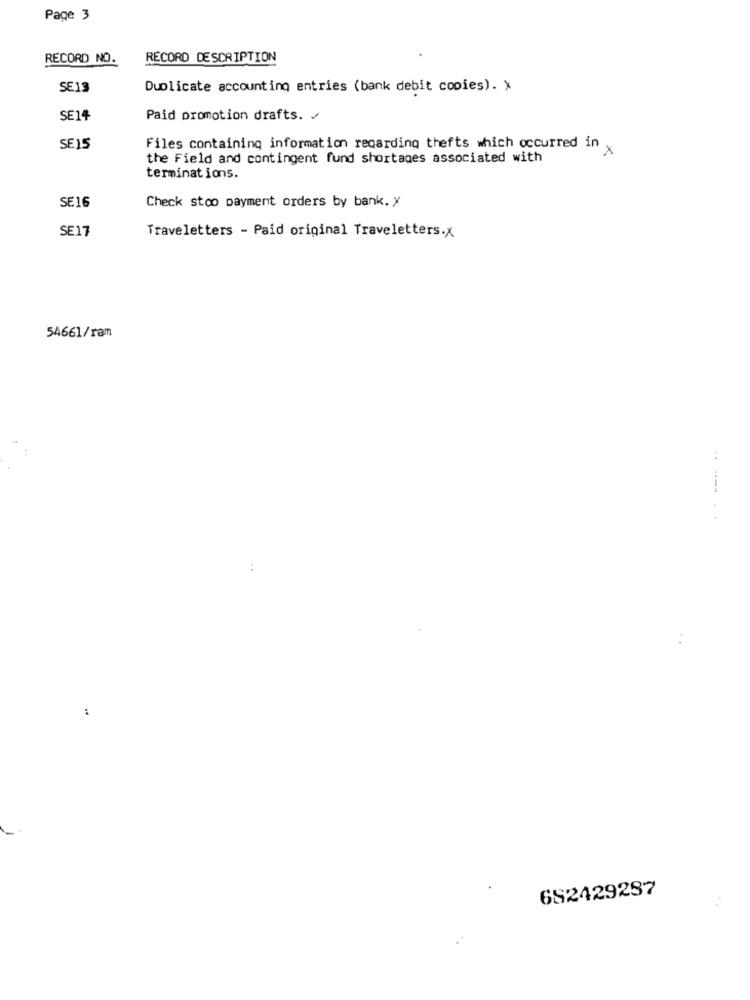
Page 3
RECORD NO.
RECORD DESCRIPTION
SE13
Duplicate accounting entries (bank debit copies). X
SE14
Paid promotion drafts. /
SE15
Files containing information regarding thefts which occurred in x
the Field and contingent fund shortages associated with
terminations.
Check stoo payment orders by bank. X
SE16
SE17
Traveletters - Paid original Traveletters.x
54661/ram
:
682429287